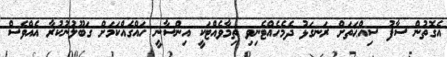
އެގޮތުން ސާފު ސިއްޙަތަށް ރަނގަޅު ދެމެހެއްޓެނިވި ތިމާވެއްޓަކީ އިންސާނީ ހައްގެއްކަމަށް ގަބޫލުނުކުރާ އެއްވެސް